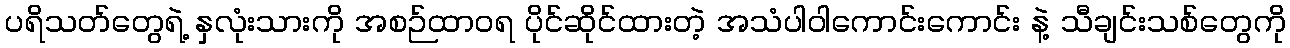
ပရိသတ်တွေရဲ့ နှလုံးသားကို အစဉ်ထာဝရ ပိုင်ဆိုင်ထားတဲ့ အသံပါဝါကောင်းကောင်း နဲ့ သီချင်းသစ်တွေကို